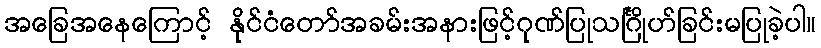
အခြေအနေကြောင့် နိုင်ငံတော်အခမ်းအနားဖြင့်ဂုဏ်ပြုသင်္ဂြိုဟ်ခြင်းမပြုခဲ့ပါ။